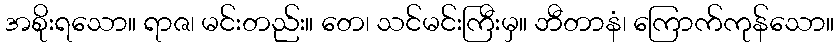
အစိုးရသော။ ရာဇ၊ မင်းတည်း။ တေ၊ သင်မင်းကြီးမှ။ ဘီတာနံ၊ ကြောက်ကုန်သော။